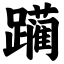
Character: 躏